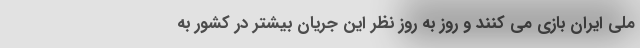
ملی ایران بازی می کنند و روز به روز نظر این جریان بیشتر در کشور به